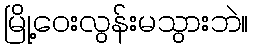
မြို့ဝေးလွန်းမသွားဘဲ။